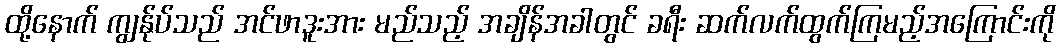
ထို့နောက် ကျွန်ုပ်သည် အင်ဖာဒူးအား မည်သည့် အချိန်အခါတွင် ခရီး ဆက်လက်ထွက်ကြမည့်အကြောင်းကို